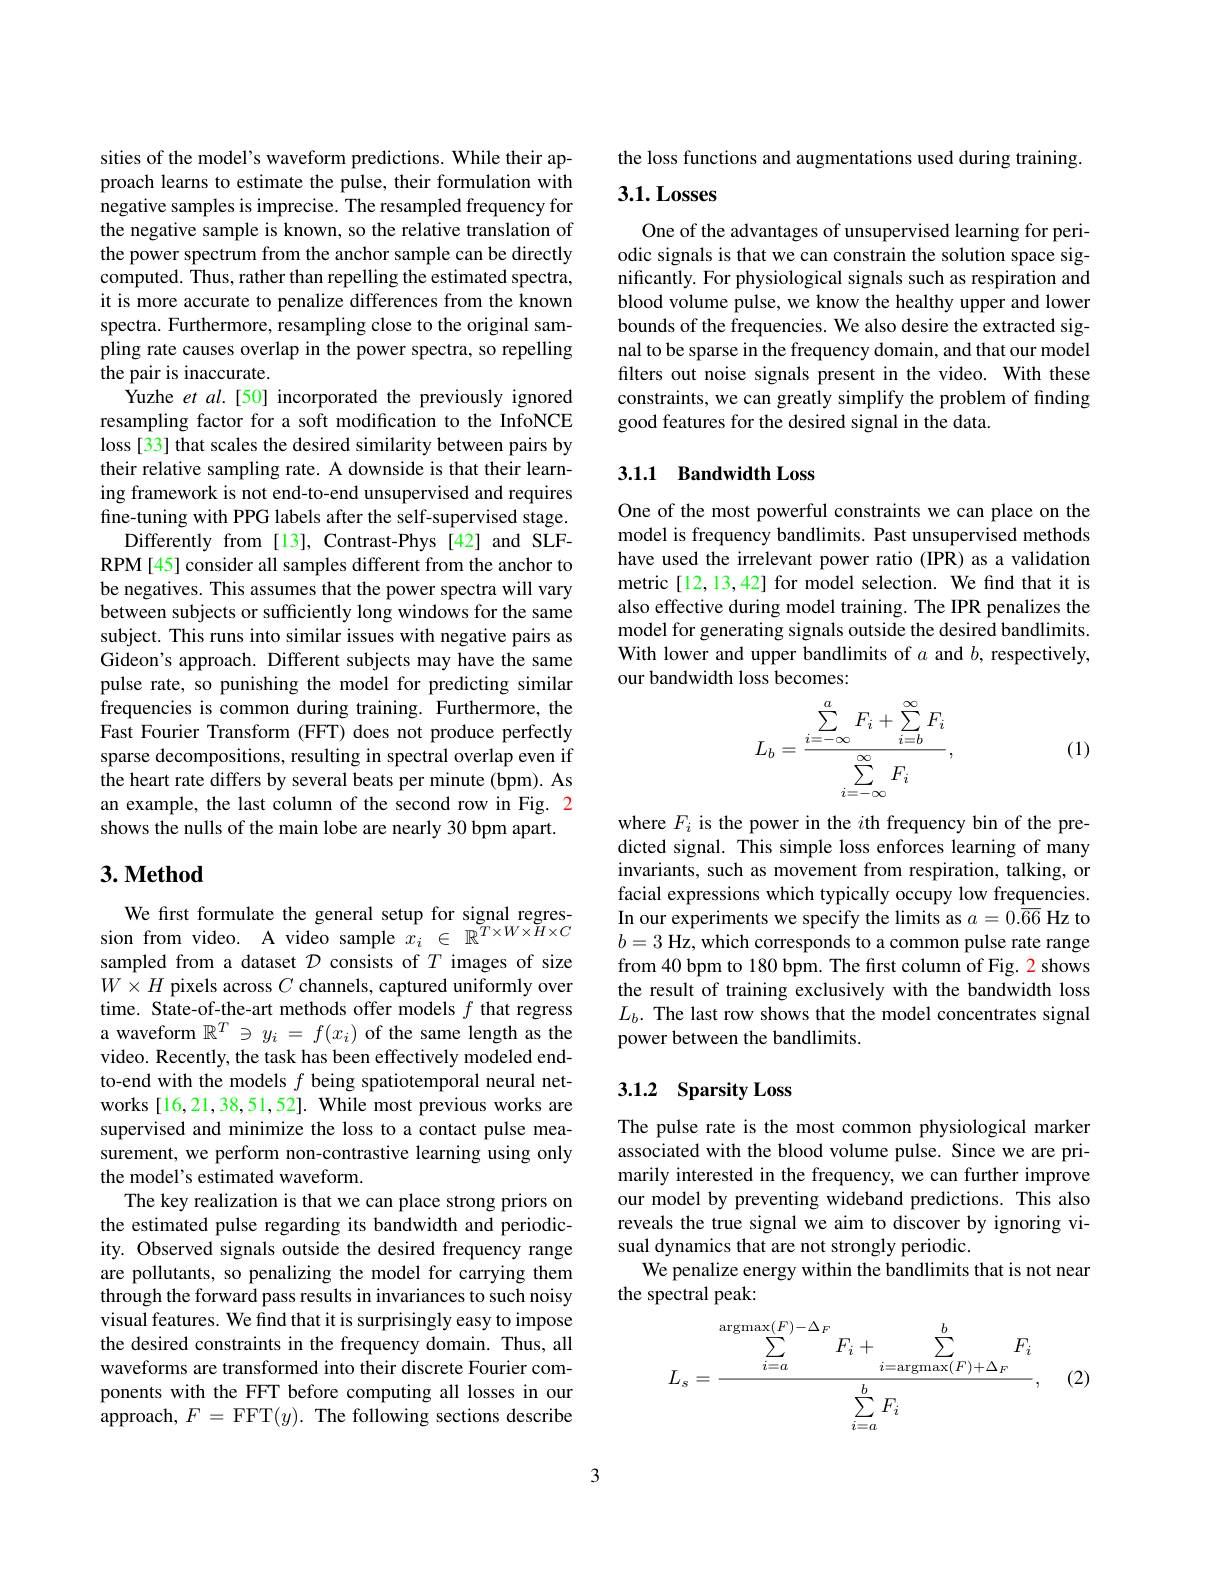
sities of the model's waveform predictions. While their approach learns to estimate the pulse, their formulation with negative samples is imprecise. The resampled frequency for the negative sample is known, so the relative translation of the power spectrum from the anchor sample can be directly computed. Thus, rather than repelling the estimated spectra, it is more accurate to penalize differences from the known spectra. Furthermore, resampling close to the original sampling rate causes overlap in the power spectra, so repelling the pair is inaccurate.
Yuzhe et al.[50] incorporated the previously ignored resampling factor for a soft modification to the InfoNCE loss [33] that scales the desired similarity between pairs by their relative sampling rate. A downside is that their learning framework is not end-to-end unsupervised and requires fine-tuning with PPG labels after the self-supervised stage.
Differently from [13], Contrast-Phys [42] and SLFRPM[45] consider all samples different from the anchor to be negatives. This assumes that the power spectra will vary between subjects or sufficiently long windows for the same subject. This runs into similar issues with negative pairs as Gideon's approach. Different subjects may have the same pulse rate, so punishing the model for predicting similar frequencies is common during training. Furthermore, the Fast Fourier Transform (FFT) does not produce perfectly sparse decompositions, resulting in spectral overlap even if the heart rate differs by several beats per minute (bpm). As an example, the last column of the second row in Fig. 2 shows the nulls of the main lobe are nearly 30 bpm apart.

## $3. \textbf{Method}$

We first formulate the general setup for signal regression from video. A video sample $x_i\in\mathbb{R}^{T\times W\times H\times C}$ sampled from a dataset $\mathcal{D}$ consists of $T$ images of size $W\times H$ pixels across $C$ channels, captured uniformly over time. State-of-the-art methods offer models $f$ that regress a waveform $\mathbb{R}^T\ni y_i=f(x_i)$ of the same length as the video. Recently, the task has been effectively modeled endto-end with the models $f$ being spatiotemporal neural networks [16,21,38,51,52]. While most previous works are supervised and minimize the loss to a contact pulse measurement, we perform non-contrastive learning using only the model's estimated waveform.
The key realization is that we can place strong priors on the estimated pulse regarding its bandwidth and periodicity. Observed signals outside the desired frequency range are pollutants, so penalizing the model for carrying them $\hat{\text{through the forward pass results in invariances to such noisy}}$ visual features. We find that it is surprisingly easy to impose the desired constraints in the frequency domain. Thus, all waveforms are transformed into their discrete Fourier components with the FFT before computing all losses in our $\hat{\text{approach, }F}=$FFT$(y).$ The following sections describe

the loss functions and augmentations used during training.

# $3. 1. \textbf{Losses}$

One of the advantages of unsupervised learning for periodic signals is that we can constrain the solution space significantly. For physiological signals such as respiration and blood volume pulse, we know the healthy upper and lower bounds of the frequencies. We also desire the extracted signal to be sparse in the frequency domain, and that our model filters out noise signals present in the video. With these constraints, we can greatly simplify the problem of finding good features for the desired signal in the data.

## 3.1.1 Bandwidth Loss

One of the most powerful constraints we can place on the model is frequency bandlimits. Past unsupervised methods have used the irrelevant power ratio (IPR) as a validation metric[12,13,42] for model selection. We find that it is also effective during model training. The IPR penalizes the model for generating signals outside the desired bandlimits. With lower and upper bandlimits of $a$ and $b$, respectively, our bandwidth loss becomes:
$$L_b=\frac{\sum\limits_{i=-\infty}^aF_i+\sum\limits_{i=b}^\infty F_i}{\sum\limits_{i=-\infty}^\infty F_i},$$
(1)

where $F_i$ is the power in the $i$th frequency bin of the predicted signal. This simple loss enforces learning of many invariants, such as movement from respiration, talking, or facial expressions which typically occupy low frequencies. In our experiments we specify the limits as $a=0.\overline{66}$ Hz to $b=3$ Hz, which corresponds to a common pulse rate range from 40 bpm to 180 bpm. The first column of Fig. 2 shows the result of training exclusively with the bandwidth loss $L_b.$ The last row shows that the model concentrates signal power between the bandlimits.

## 3.1.2 Sparsity Loss

The pulse rate is the most common physiological marker associated with the blood volume pulse. Since we are primarily interested in the frequency, we can further improve our model by preventing wideband predictions. This also reveals the true signal we aim to discover by ignoring visual dynamics that are not strongly periodic.
We penalize energy within the bandlimits that is not near
the spectral peak:
$$L_s=\frac{\sum_{i=a}^{\operatorname{argmax}(F)-\Delta_F}F_i+\sum_{i=\operatorname{argmax}(F)+\Delta_F}^bF_i}{\sum_{i=a}^bF_i},$$
(2)

3